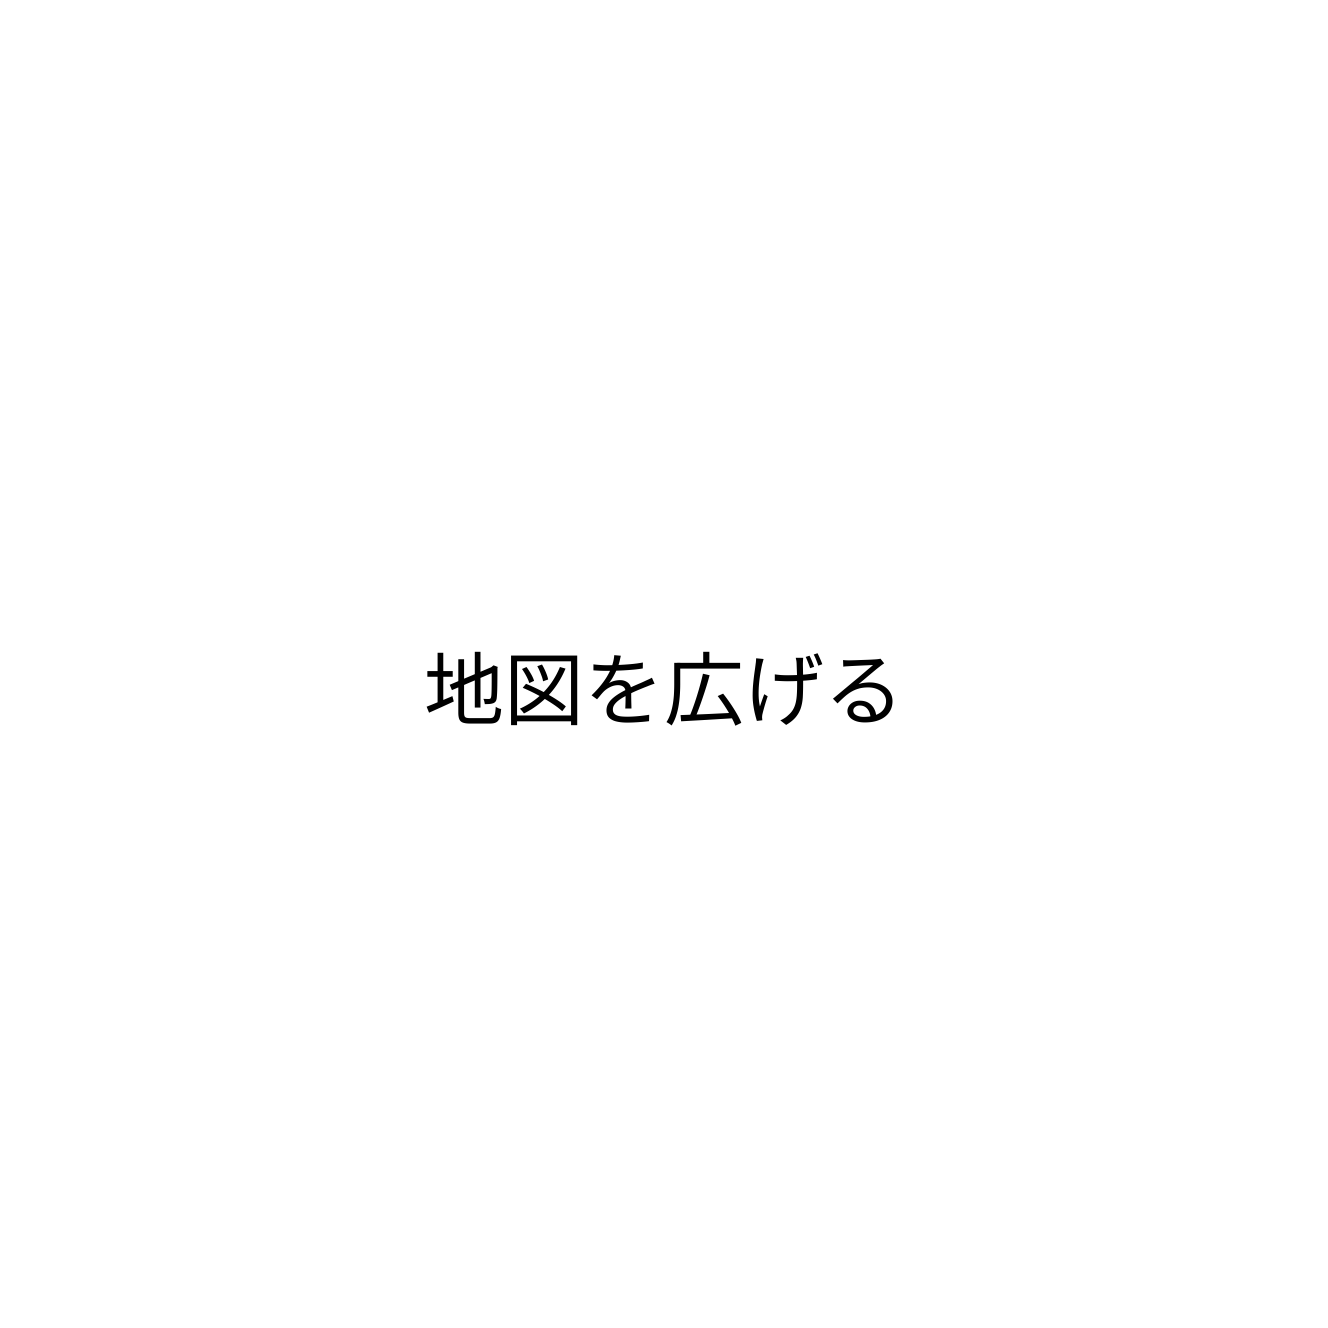
地図を広げる